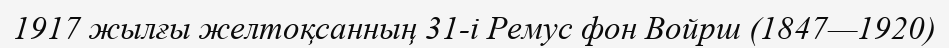
1917 жылғы желтоқсанның 31-і Ремус фон Войрш (1847—1920)